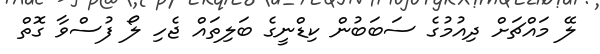
ލޭ މައްޗަށް ދިއުމުގެ ސަބަބުން ކިޑްނީގެ ބަލިތައް ޖެހި ލޯ ފުސްވާ ގޮތް